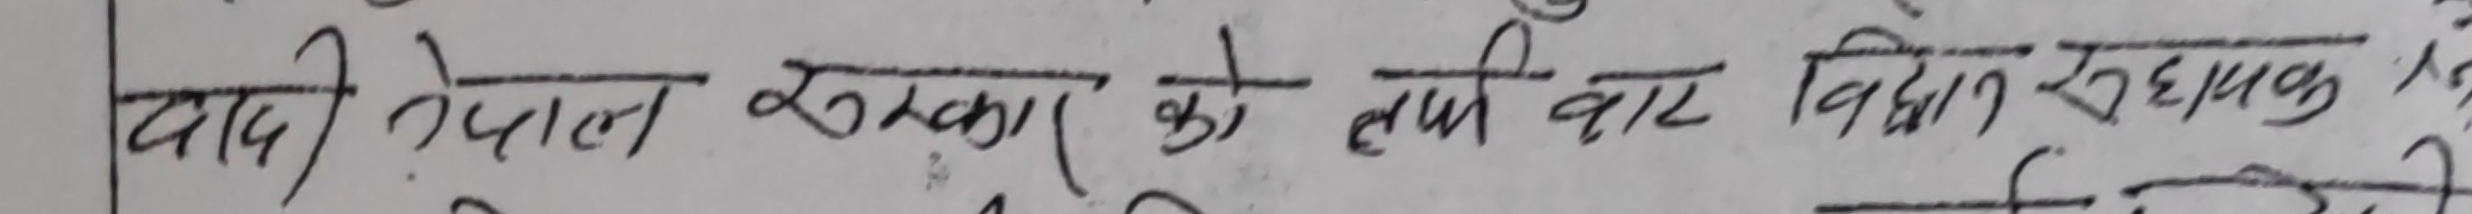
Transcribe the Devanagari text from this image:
वादी नेपाल सरकार को तर्फ बाट विधुत गृहको